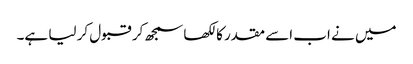
میں نے اب اسے مقدر کا لکھا سمجھ کر قبول کر لیا ہے۔